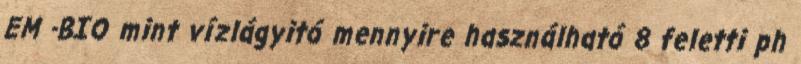
EM -BIO mint vízlágyitó mennyire használható 8 feletti ph